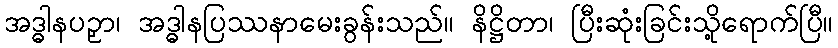
အဒ္ဓါနပဉှာ၊ အဒ္ဓါနပြဿနာမေးခွန်းသည်။ နိဋ္ဌိတာ၊ ပြီးဆုံးခြင်းသို့ရောက်ပြီ။